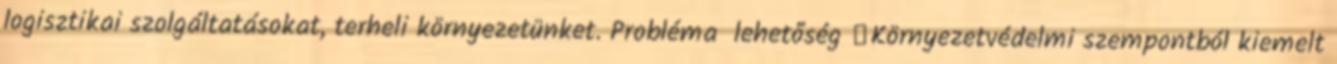
logisztikai szolgáltatásokat, terheli környezetünket. Probléma lehetőség ▪Környezetvédelmi szempontból kiemelt